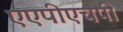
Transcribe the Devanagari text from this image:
एएपीएचपी